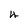
Character: 4